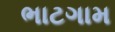
ભાટગામ